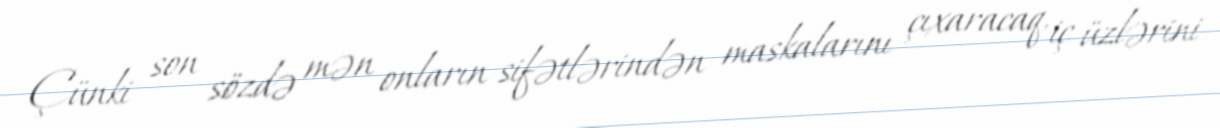
Çünki son sözdə mən onların sifətlərindən maskalarını çıxaracaq, iç üzlərini